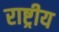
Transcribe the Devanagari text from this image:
राष्ट्रीय